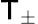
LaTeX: \mathsf{T}_{\pm}